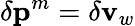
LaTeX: \delta\mathbf{p}^{m}=\delta\mathbf{v}_{w}